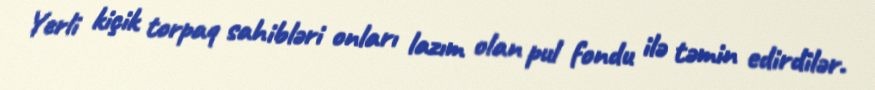
Yerli kiçik torpaq sahibləri onları lazım olan pul fondu ilə təmin edirdilər.